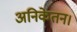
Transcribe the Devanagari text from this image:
अनिकेतन।